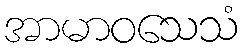
အာမာဝသေသံ